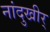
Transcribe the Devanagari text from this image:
नांदुखीर्